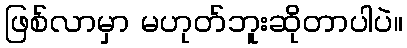
ဖြစ်လာမှာ မဟုတ်ဘူးဆိုတာပါပဲ။